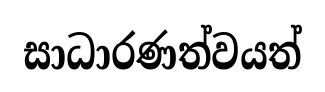
සාධාරණත්වයත්